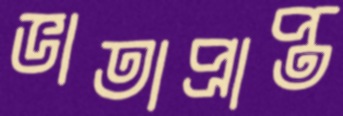
ভাতাপ্রাপ্ত